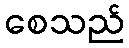
စေသည်